Annual report of the Punjab Veterinary College and of the Civil Veterinary Department, Punjab - 1920-1925
Year: 1920
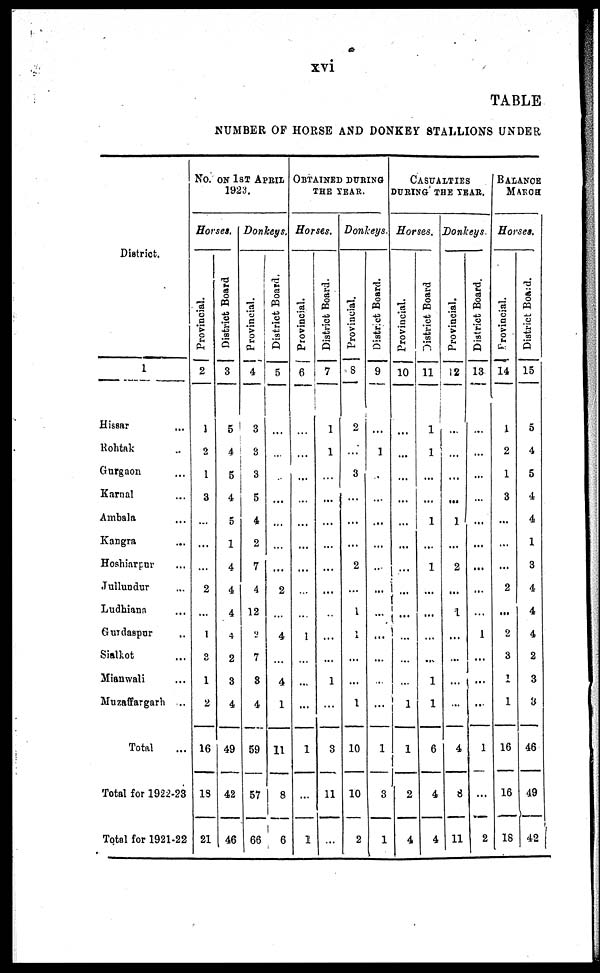
xvi
TABLE
NUMBER OF HORSE AND DONKEY STALLIONS UNDER
District.
1
Hissar ...
Rohtak ...
Gurgaon ...
Karnal ...
Ambala ...
Kangra ...
Hoshiarpur ...
Jullundur ...
Ludhiana ...
Gurdaspur ...
Sialkot ...
Mianwali ...
Muzaffargarh ...
Total
Total for 1922-23
Total for 1921-22
No. ON 1ST APRIL
1923.
Horses.
Provincial.
2
1
2
1
3
...
...
...
2
...
1
3
1
2
16
18
21
District Board
3
5
4
5
4
5
1
4
4
4
4
2
3
4
49
42
46
Donkeys.
Provincial.
4
3
3
3
5
4
2
7
4
12
2
7
8
4
59
57
66
District Board.
5
...
...
...
...
...
...
...
2
...
4
...
4
1
11
8
6
OBTAINED DURING
THE YEAR.
Horses.
Provincial.
6
...
...
...
...
...
...
...
...
1
...
...
1
...
1
District Board.
7
1
1
...
...
...
...
...
...
...
...
...
1
...
3
11
...
Donkeys.
Provincial.
8
2
...
3
...
...
...
2
...
1
1
...
...
1
10
10
2
District Board.
9
...
1
..
...
...
...
...
...
...
...
...
...
...
1
3
1
CASUALTIES
DURING THE YEAR.
Horses.
Provincial.
10
...
...
...
...
...
...
...
...
...
...
...
1
1
2
4
District Board
11
1
1
...
...
1
...
1
...
...
...
•»v
1
1
6
4
4
Donkeys.
Provincial.
12
...
...
...
...
1
...
2
...
1
...
...
...
4
8
11
District Board.
13
...
...
...
...
...
...
...
...
...
1
...
...
...
1
...
..
BALANCE
MARCH
Horses.
Provincial.
14
1
2
1
3
...
...
...
2
...
2
3
1
1
16
16
16
District Board.
15
5
4
5
4
4
1
3
4
4
4
2
3
3
46
49
42